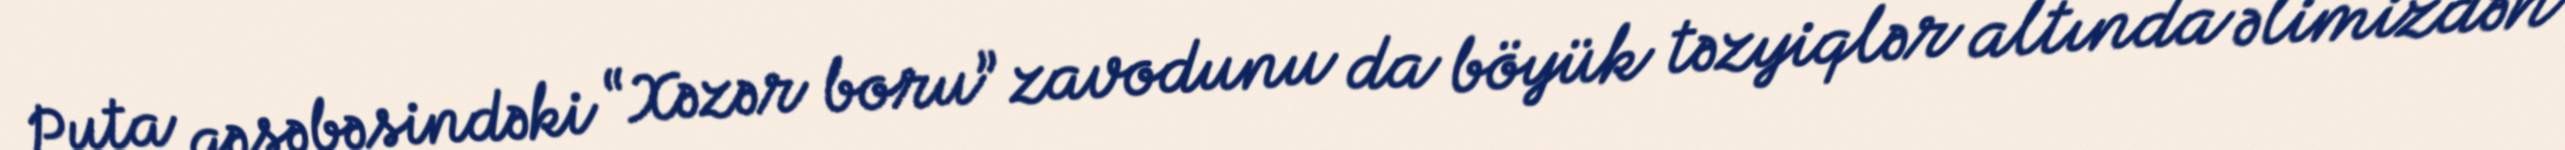
Puta qəsəbəsindəki “Xəzər boru” zavodunu da böyük təzyiqlər altında əlimizdən